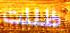
ظللت